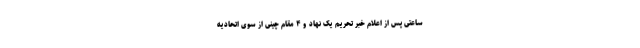
ساعتی پس از اعلام خبر تحریم یک نهاد و ۴ مقام چینی از سوی اتحادیه